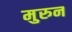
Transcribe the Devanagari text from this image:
मुरुन